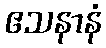
ဧသနာနံ